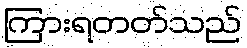
ကြားရတတ်သည်